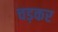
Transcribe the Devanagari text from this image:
चड़कर